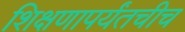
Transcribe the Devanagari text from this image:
शिक्षणापर्यंतचीच